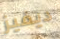
ديفيز